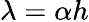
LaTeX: \lambda=\alpha h